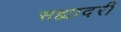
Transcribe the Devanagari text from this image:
सह्यादरी